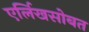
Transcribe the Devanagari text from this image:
एर्लिखसोबत